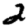
Digit: 2